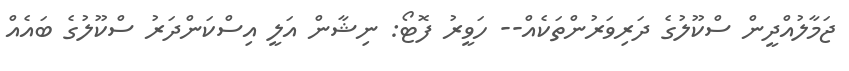
ޖަމާލުއްދީން ސްކޫލުގެ ދަރިވަރުންތަކެއް-- ހަވީރު ފޮޓޯ: ނިޝާން އަލީ އިސްކަންދަރު ސްކޫލުގެ ބައެއް